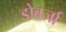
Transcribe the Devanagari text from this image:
डोबर्जा